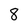
Character: 8